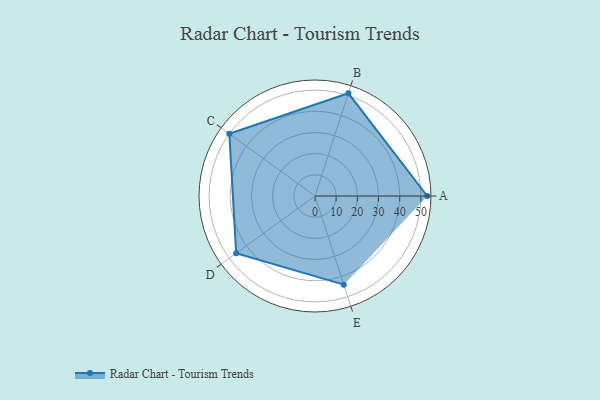
{"axis": {"x": "Skill", "y": "Score"}, "legend": ["Profile"], "data": [{"x": "A", "y": 53.0, "type": "Profile"}, {"x": "B", "y": 51.0, "type": "Profile"}, {"x": "C", "y": 50.0, "type": "Profile"}, {"x": "D", "y": 46.0, "type": "Profile"}, {"x": "E", "y": 44.0, "type": "Profile"}]}